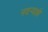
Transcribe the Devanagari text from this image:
नवर्‍याशी